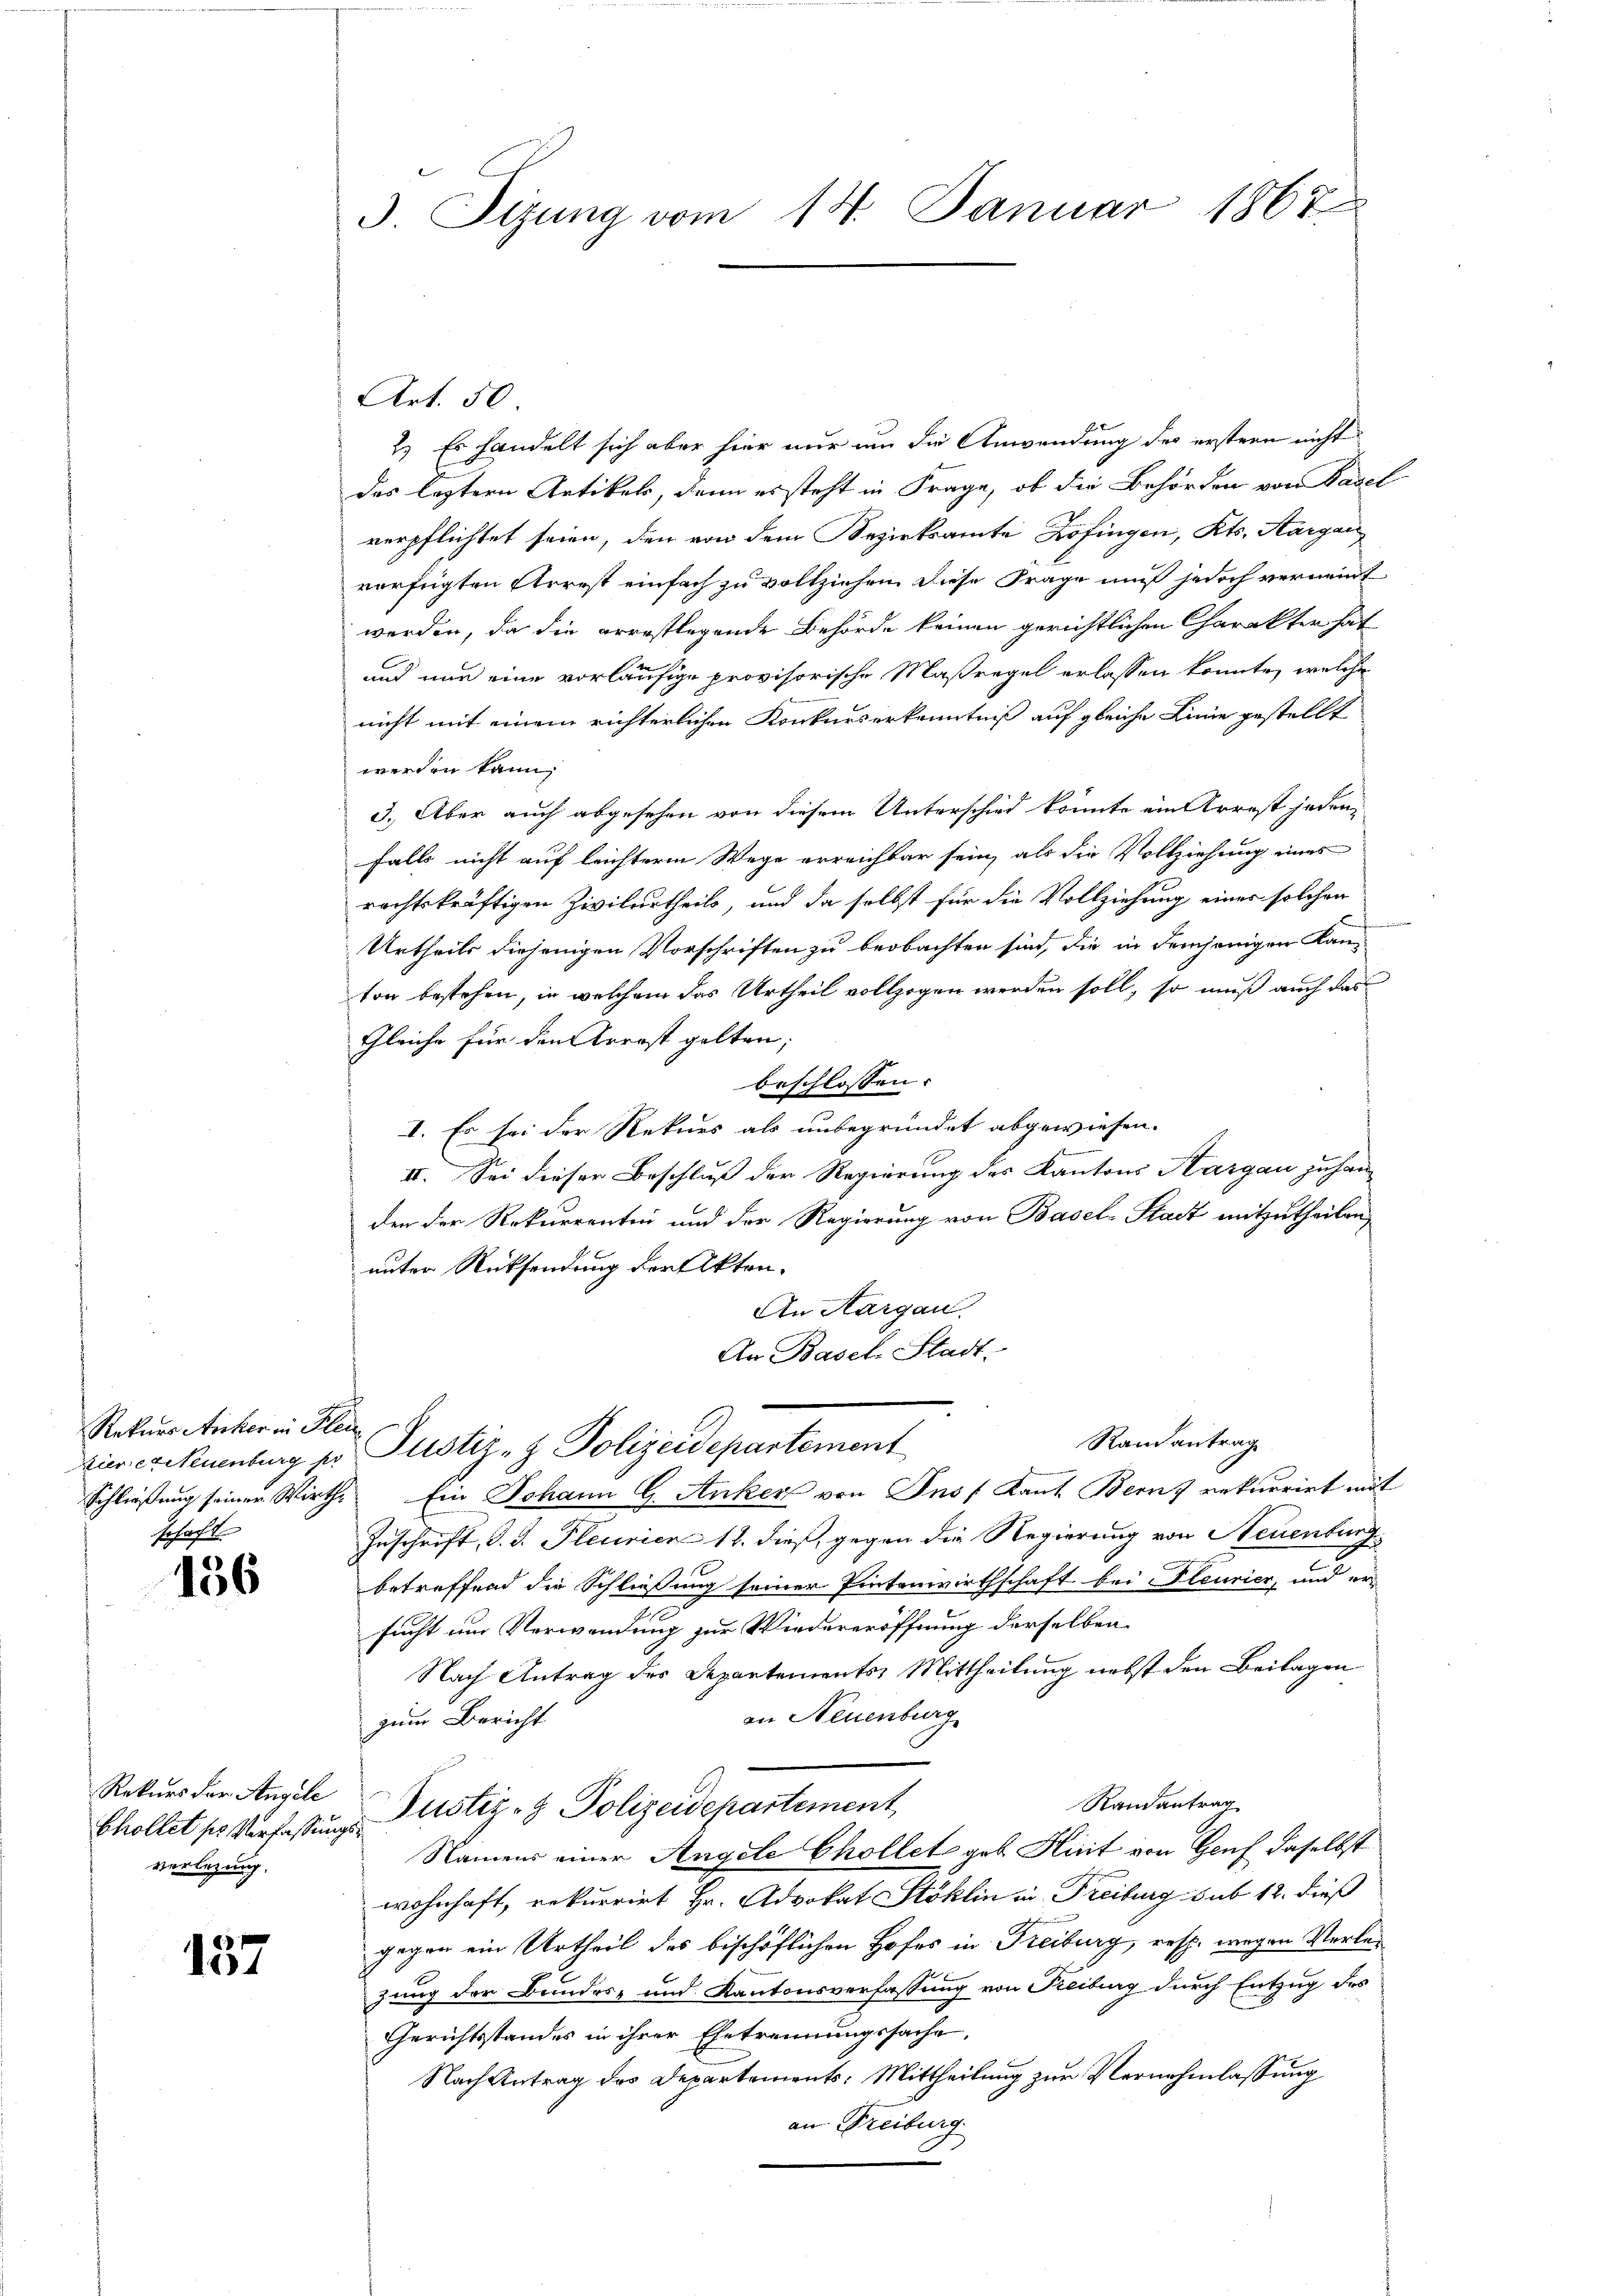
Rekurs Anker in Plen
schaft

136

Art. 50
2.) Es handelt sich aber hier nur um die Anwendung des erstern nicht
das leztern Artikels, dann es steht in Frage, ob die Behörden von Basel
verpflichtet seien, den von dem Bezirksamte Zofingen, Kts. Aargau
verfügten Arrest einfach zu vollziehen diese Frage muß jedoch verneint
werden, da die errestlegende Behörde keinen gerichtlichen Charakter hat
C
und nun eine vorläufige provisorische Maßregel erlassen könnte, welche
nicht mit einem richterlichen Konkurserkenntniß auf gleiche Linie gestellt
werden kann,
3.) Aber auch abgesehen von diesem Unterschied könnte ein Arrest jeden-
falls nicht auf leichterm Wege erreichbar sein, als die Vollziehung eines
rechtskräftigen Zivilurtheils, und da selbst für die Vollziehung eines solchen
Urtheils diejenigen Vorschriften zu beobachten sind, die in demjenigen Kanton bestehen, in welchem das Urtheil vollzogen werden soll, so muß auch das
Gleiche für den Arrest gelten;
beschlossen:
I. Es sei der Rekurs als unbegründet abgewiesen.
II. Sei dieser Beschluß der Regierung des Kantons Aargau zuhan
den der Rekurrentin und der Regierung von Basel-Stadt mitzutheilen,
unter Rücksendung der Akten.
An Aargau.
An Basel-Stadt.
Randantrag
zier exekuenburg pr Justiz- & Polizeidepartement
Schließung seiner Wirthe Ein Johann G. Anker von Jnsf Kant. Berns rekurrirt mit
Zuschrift, d. d. Pleurien 12. dieß, gegen die Regierung von Neuenburg
betreffend die Schließung seiner Pintenwirthschaft bei Fleurier, und er-
sucht um Verwendung zur Wiedereröffnung derselben
Nach Antrag des Repartements Mittheilung nebst den Beilagen
in Neuenburg
zum Bericht
Randantrag
Chollet ses Verfassung. Justiz- & Polizeidepartement
Namens einer Angele Chollet geb. Hint von Genf daselbst
wohnhaft, rekurrirt Hr. Advokat Stoklin in Freiburg sub 12. dieß
gegen ein Urtheil des bischöflichen Hofes in Freiburg, resp. wegen Verlezung der Bundes- und Kantonsverfassung von Freiburg durch Entzug des
Gerichtsstandes in ihrer Ehetrennungssache,
Nach Antrag des Departements: Mittheilung zur Vernehmlassung
an Freiburg

Rekurs der Angele
verlegung.

137

3. Tizung vom 14. Januar 1867